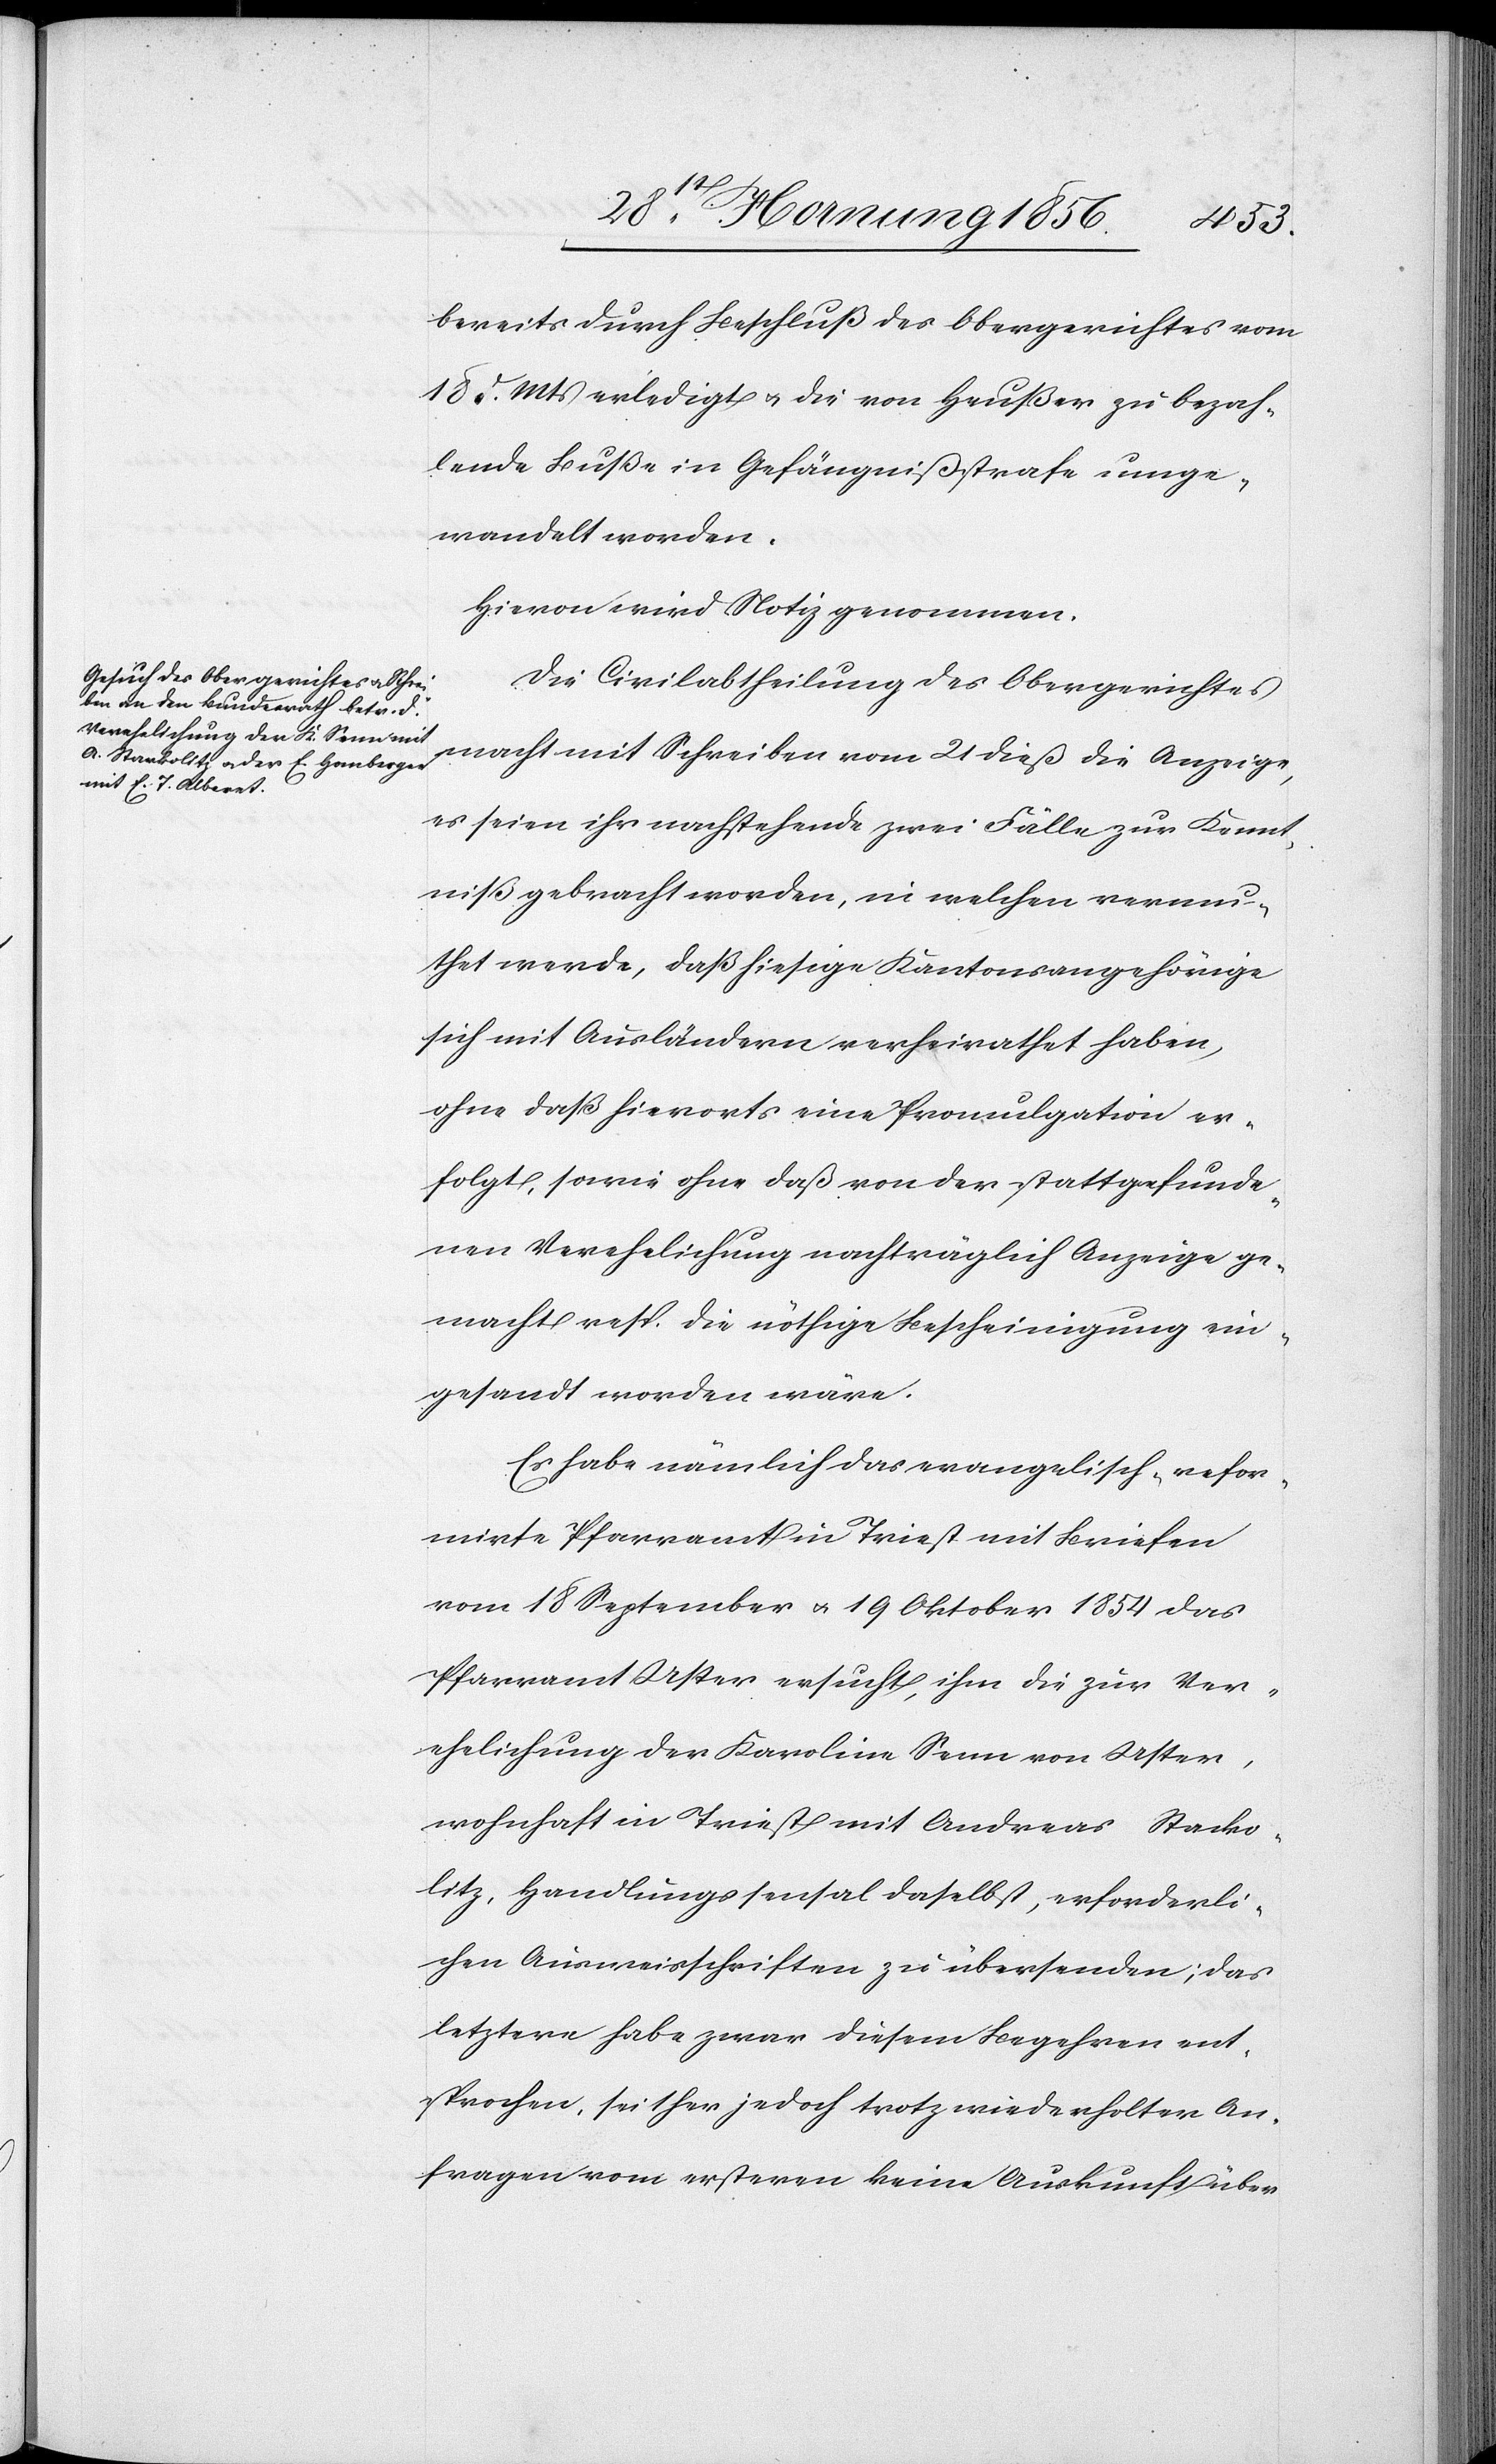
bereits durch Beschluß des Obergerichtes vom
18 d. Mts erledigt u. die von Heußer zu bezah¬
lende Buße in Gefängnißstrafe umge¬
wandelt worden.
Hievon wird Notiz genommen.
Die Civilabtheilung des Obergerichtes
macht mit Schreiben vom 21 dieß die Anzeige,
es seien ihr nachstehende zwei Fälle zur Kennt¬
niß gebracht worden in welchen vermu¬
thet werde, daß hiesige Kantonsgehörige
sich mit Ausländern verheirathet haben,
ohne daß hierorts eine Promulgation er¬
folgt, sowie ohne daß von der stattgefunde¬
nen Verehelichung nachträglich Anzeige ge¬
macht resp. die nöthige Bescheinigung ein¬
gesandt worden wäre.
Es habe nämlich das evangelisch-refor¬
mirte Pfarramt in Triest mit Briefen
vom 18 September u. 19 Oktober 1854 das
Pfarramt Uster ersucht, ihm die zur Ver¬
ehelichung der Karoline Senn von Uster,
wohnhaft in Triest mit Andreas Stacko¬
litz, Handlungssensal daselbst, erforderli¬
chen Ausweisschriften zu übersenden; das
letztere habe zwar diesem Begehren ent¬
sprochen, seither jedoch trotz wiederholter An¬
fragen vom ersteren keine Auskunft über